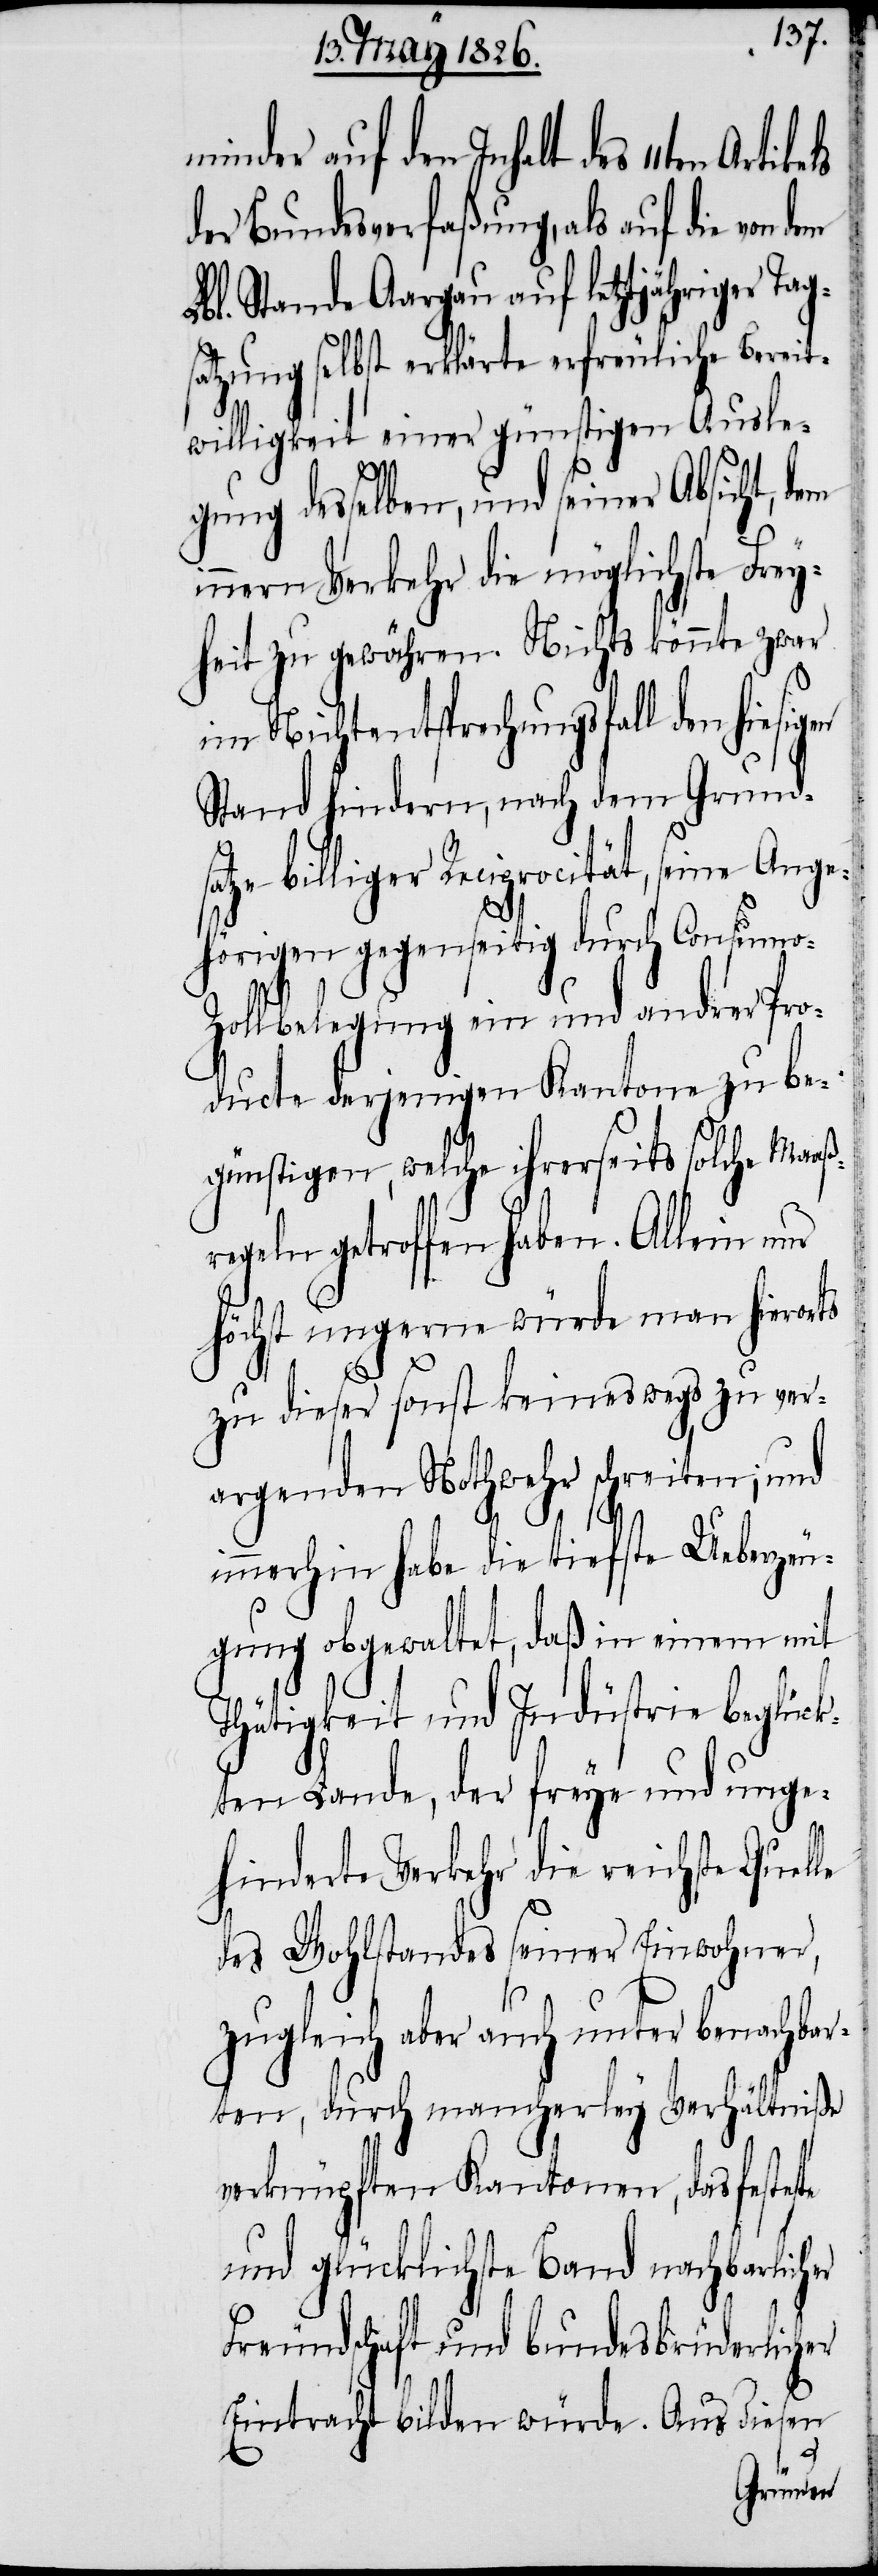
minder auf den Inhalt des 11ten
der Bundesverfaßung, als auf die von
bl. Stande Aargau auf letztjähriger Tag¬
satzung selbst erklärte erfreuliche Bereit¬
willigkeit einer günstigen Ausle¬
te
gung desselben, und seiner Absicht, dem
innern Verkehr die möglichste Frey¬
heit zu gewähren. Nichts könnte zwar
im Nichtentsprechungsfall den hiesig¬
Stand hindern, nach dem Grunds¬
atze billiger Reciprocität, seine Ange¬
hörigen gegenseitig durch Consumo-Z¬
ollbelegung ein und andrer Pro¬
ducte derjenigen Kantone zu be¬
günstigen, welche ihrerseits solche Maaß¬
regeln getroffen haben. Allein nur
höchst ungerne würde man hierorts
zu dieser sonst keineswegs zu ver¬
argenden Notwehr schreiten; und
immerhin habe die tiefste Ueberzeu¬
gung obgewaltet, daß in einem mit
Thätigkeit und Industrie beglück¬
ten Lande, der freye und unge¬
hinderte Verkehr die reichste Quel¬
des Wohlstandes seiner Einwohner,
zugleich aber auch unter benachbar¬
ten, durch mancherley Verhältniße
verknüpften Kantonen, das festes¬
und glücklichste Band nachbarlicher
Freundschaft und bundesbrüderlicher
Eintracht bilden würde. Aus diesen
en